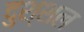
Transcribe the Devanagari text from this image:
दुश्शल